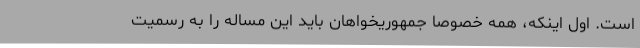
است. اول اینکه، همه خصوصا جمهوریخواهان باید این مساله را به رسمیت